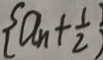
\{ a _ { n } + \frac { 1 } { 2 } \}